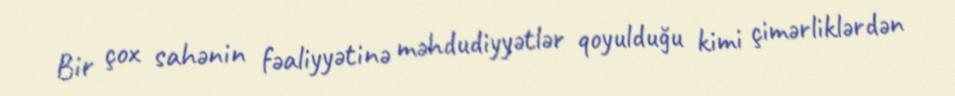
Bir çox sahənin fəaliyyətinə məhdudiyyətlər qoyulduğu kimi çimərliklərdən